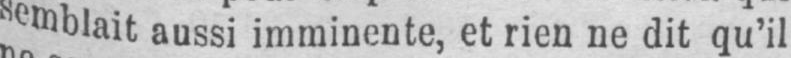
semblait aussi imminente, et rien ne dit qu’il